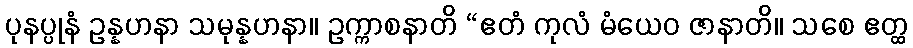
ပုနပ္ပုနံ ဥန္နဟနာ သမုန္နဟနာ။ ဥက္ကာစနာတိ “ဧတံ ကုလံ မံယေဝ ဇာနာတိ။ သစေ ဧတ္ထ